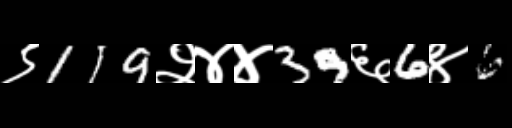
Text: ९119२४४39६6४6